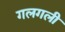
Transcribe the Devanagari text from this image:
गलगली